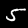
Label: 5